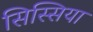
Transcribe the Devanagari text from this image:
सिस्सिया